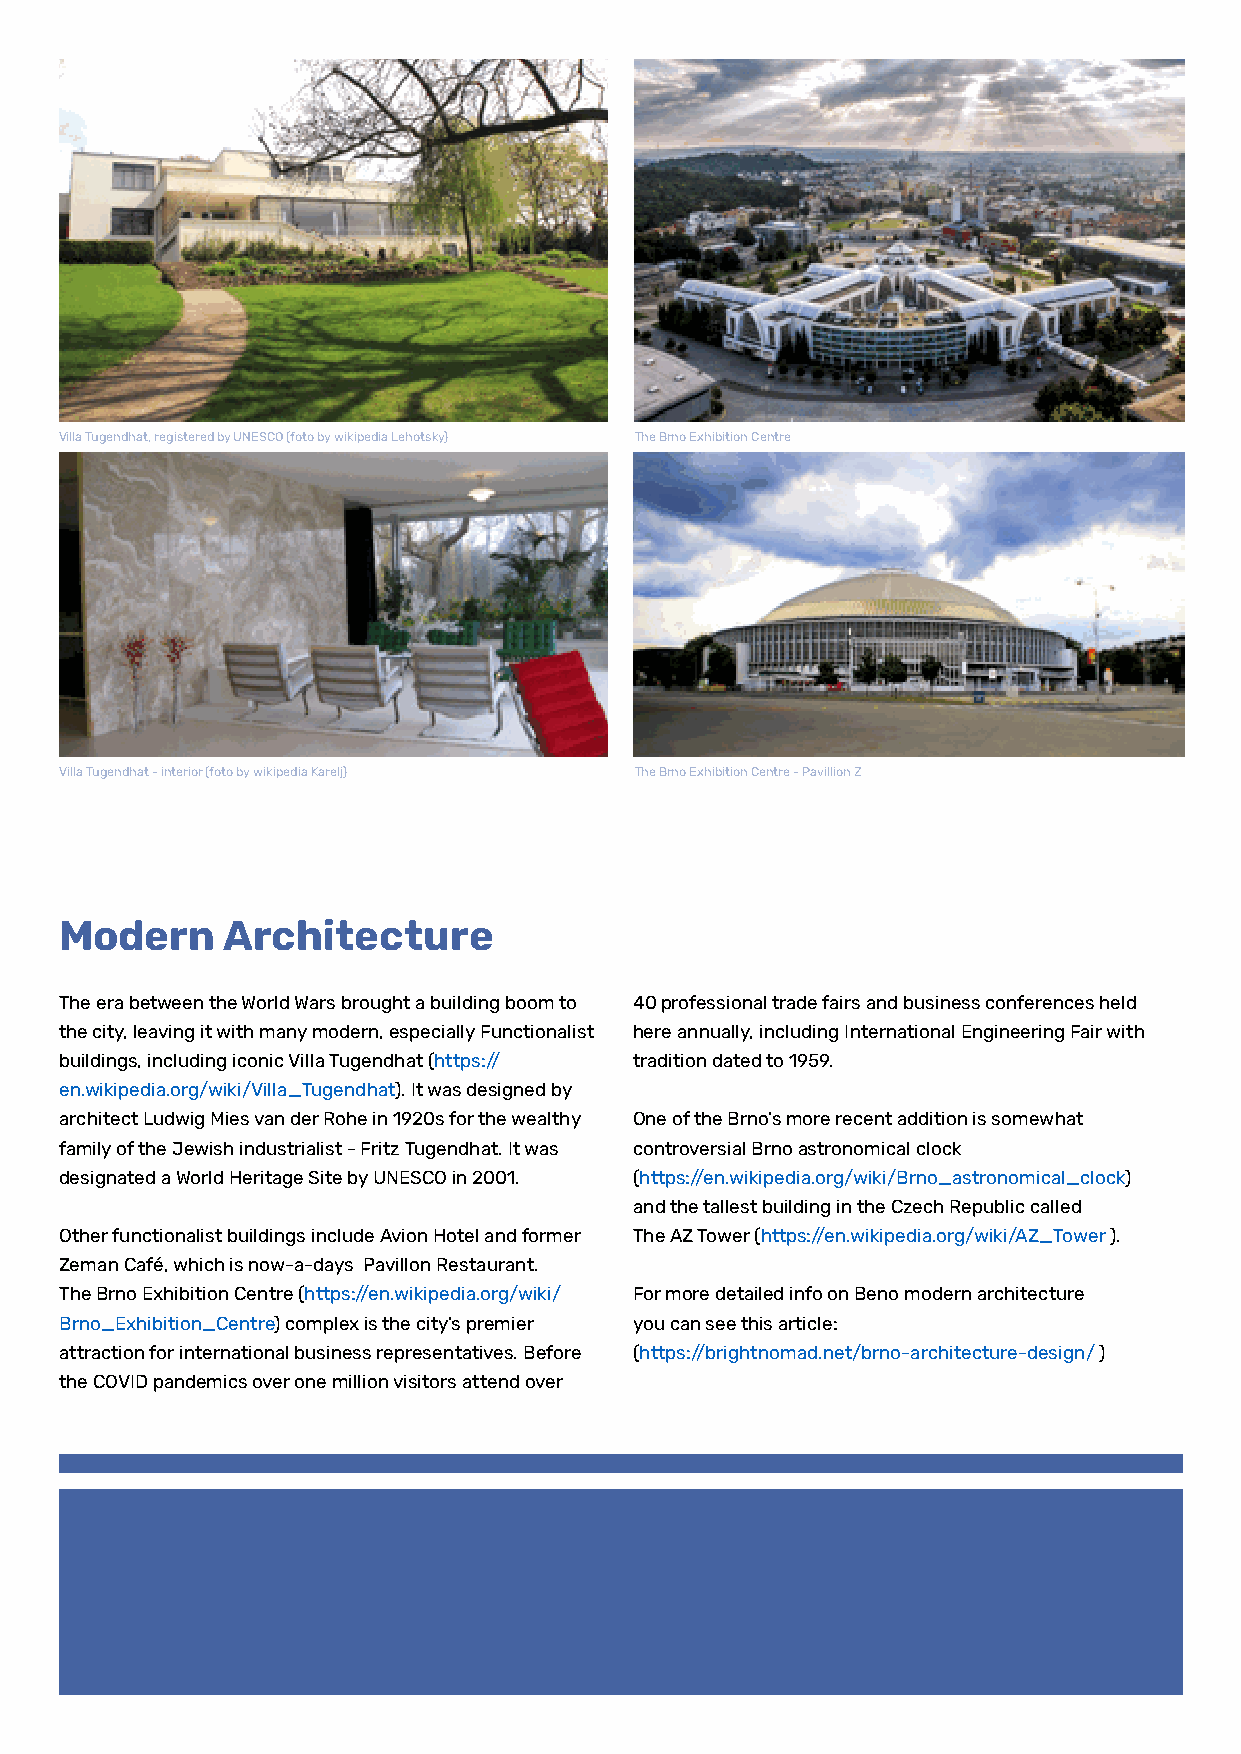
Villa Tugendhat, registered by UNESCO (foto by wikipedia Lehotsky) The Brno Exhibition Centre
 Villa Tugendhat - interior (foto by wikipedia Karelj) The Brno Exhibition Centre - Pavillion Z
 Modern     Architecture
 The era between the World Wars brought a building boom to 40 professional trade fairs and business conferences held
 the city, leaving it with many modern, especially Functionalist here annually, including International Engineering Fair with
 buildings, including iconic Villa Tugendhat (https:// tradition dated to 1959.
 en.wikipedia.org/wiki/Villa_Tugendhat). It was designed by
 architect Ludwig Mies van der Rohe in 1920s for the wealthy One of the Brno’s more recent addition is somewhat
 family of the Jewish industrialist - Fritz Tugendhat. It was controversial Brno astronomical clock
 designated a World Heritage Site by UNESCO in 2001. (https://en.wikipedia.org/wiki/Brno_astronomical_clock)
 and the tallest building in the Czech Republic called
 Other functionalist buildings include Avion Hotel and former The AZ Tower (https://en.wikipedia.org/wiki/AZ_Tower ).
 Zeman Café, which is now-a-days Pavillon Restaurant.
 The Brno Exhibition Centre (https://en.wikipedia.org/wiki/ For more detailed info on Beno modern architecture
 Brno_Exhibition_Centre) complex is the city’s premier you can see this article:
 attraction for international business representatives. Before (https://brightnomad.net/brno-architecture-design/ )
 the COVID pandemics over one million visitors attend over